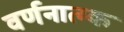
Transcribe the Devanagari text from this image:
वर्णनात्म्क